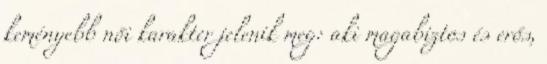
keményebb női karakter jelenik meg: aki magabiztos és erős,